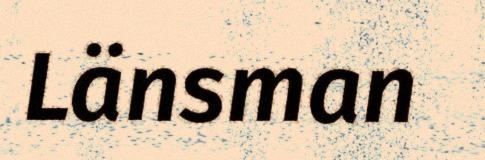
Länsman